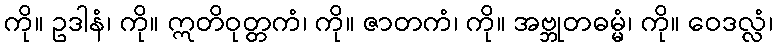
ကို။ ဥဒါနံ၊ ကို။ ဣတိဝုတ္တကံ၊ ကို။ ဇာတကံ၊ ကို။ အဗ္ဘုတဓမ္မံ၊ ကို။ ဝေဒလ္လံ၊